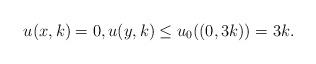
LaTeX: \begin{align*}u(x, k)=0, u(y, k)\leq u_0((0, 3k))=3k.\end{align*}